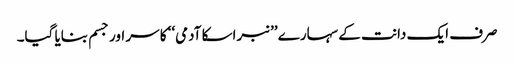
صرف ایک دانت کے سہارے ’’نبراسکا آدمی‘‘ کا سر اور جسم بنایا گیا۔